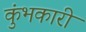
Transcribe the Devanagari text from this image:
कुंभकारी